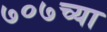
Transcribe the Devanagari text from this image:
७०७च्या